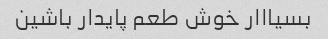
بسیااار خوش طعم پایدار باشین